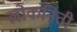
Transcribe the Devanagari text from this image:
लोकनिती